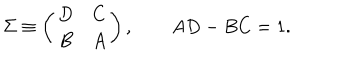
\Sigma \equiv \left( \begin{array} { c c } { { D } } & { { C } } \\ { { B } } & { { A } } \\ \end{array} \right) , \qquad A D - B C = 1 .